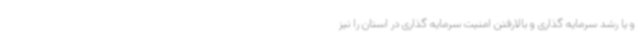
و یا رشد سرمایه گذاری و بالارفتن امنیت سرمایه گذاری در استان را نیز